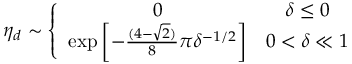
\eta _ { d } \sim \left\{ \begin{array} { c c } { 0 } & { \delta \le 0 } \\ { \exp \left[ - \frac { ( 4 - \sqrt { 2 } ) } { 8 } \pi \delta ^ { - 1 / 2 } \right] } & { 0 < \delta \ll 1 } \end{array} \right.